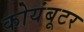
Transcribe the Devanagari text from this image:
कोयंबूटर